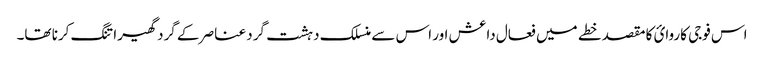
اس فوجی کاروائ کا مقصد خطے میں فعال داعش اور اس سے منسلک دہشت گرد عناصر کے گرد گھیرا تنگ کرنا تھا۔